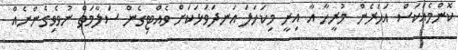
ކޮންމެއަކަސް އަހަރެން މުރީހާ އާ އިނީ މިކަހަލަ އަނދަވަޅަކަށް ވެއްޓިގެން ސަލާމަތް ނުވެވިގެންނެއް